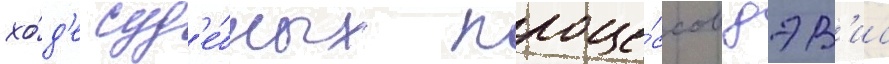
хо́д'е суд'е́бных проце́ссов дэв'ис